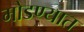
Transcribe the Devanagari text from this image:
मोडण्यात